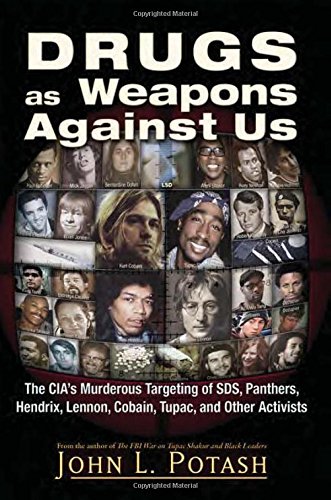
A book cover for Drugs as Weapons Against Us: The CIA's Murderous Targeting of SDS, Panthers, Hendrix, Lennon, Cobain, Tupac, and Other Leftists; John L. Potash; Biographies & Memoirs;